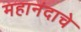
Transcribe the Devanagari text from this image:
महानंदाचे